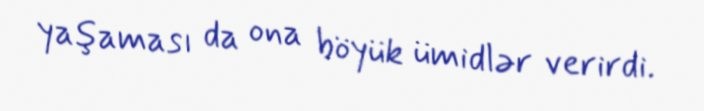
yaşaması da ona böyük ümidlər verirdi.